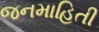
જનમાહિતી